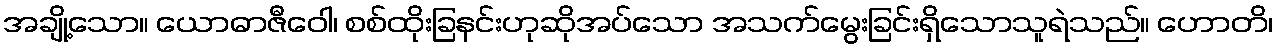
အချို့သော။ ယောဓာဇီဝေါ၊ စစ်ထိုးခြနင်းဟုဆိုအပ်သော အသက်မွေးခြင်းရှိသောသူရဲသည်။ ဟောတိ၊